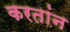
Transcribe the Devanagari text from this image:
करतांन